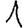
Digit: 1